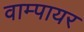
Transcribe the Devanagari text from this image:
वाम्पायर